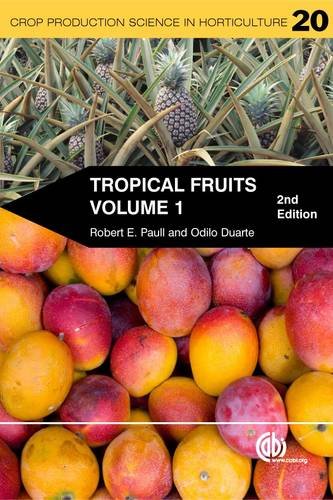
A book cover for Tropical Fruits (Crop Production Science in Horticulture); Robert E. Paull; Science & Math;